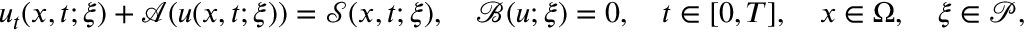
u _ { t } ( \boldsymbol { x } , t ; \boldsymbol { \xi } ) + \mathcal { A } ( u ( \boldsymbol { x } , t ; \boldsymbol { \xi } ) ) = \mathcal { S } ( \boldsymbol { x } , t ; \boldsymbol { \xi } ) , \quad \mathcal { B } ( u ; \boldsymbol { \xi } ) = 0 , \quad t \in [ 0 , T ] , \quad \boldsymbol { x } \in \Omega , \quad \boldsymbol { \xi } \in \mathcal { P } ,